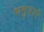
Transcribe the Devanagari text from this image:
समुदाऐ